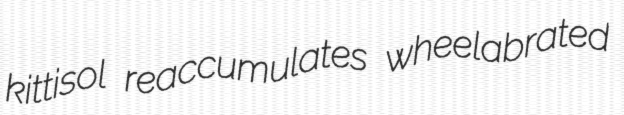
kittisol reaccumulates wheelabrated